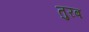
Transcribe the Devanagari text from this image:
तुरब